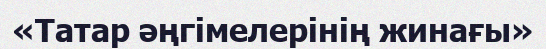
«Татар әңгімелерінің жинағы»